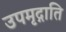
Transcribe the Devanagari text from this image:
उपमृद्गाति